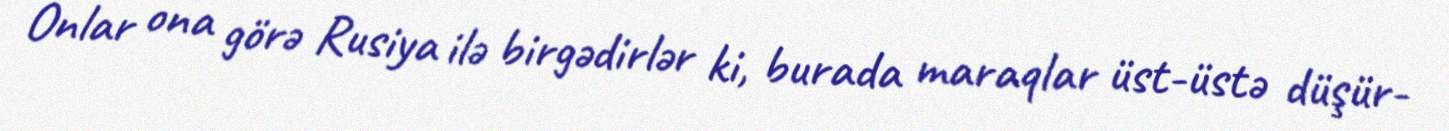
Onlar ona görə Rusiya ilə birgədirlər ki, burada maraqlar üst-üstə düşür-